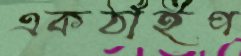
একঠাঁইপ